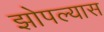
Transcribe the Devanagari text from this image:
झोपल्यास